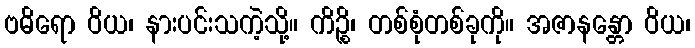
ဗဓိရော ဝိယ၊ နားပင်းသကဲ့သို့။ ကိဉ္စိ၊ တစ်စုံတစ်ခုကို။ အဇာနန္တော ဝိယ၊